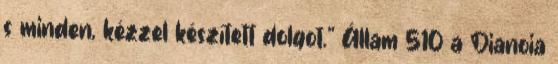
s minden, kézzel készített dolgot.” Állam 510 a Dianoia